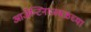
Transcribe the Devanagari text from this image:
आर्जेन्टिनाजवळच्या